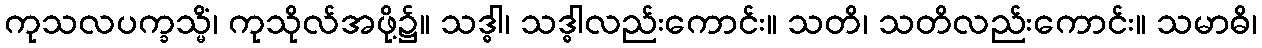
ကုသလပက္ခသ္မိံ၊ ကုသိုလ်အဖို့၌။ သဒ္ဓါ၊ သဒ္ဓါလည်းကောင်း။ သတိ၊ သတိလည်းကောင်း။ သမာဓိ၊